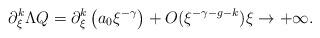
LaTeX: \begin{align*} \partial_\xi^k \Lambda Q =\partial_\xi^k \left( a_0 \xi^{-\gamma} \right) + O(\xi^{-\gamma - g - k}) \xi \to +\infty. \end{align*}